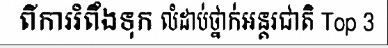
ពីការរំពឹងទុក លំដាប់ថ្នាក់អន្តរជាតិ Top 3